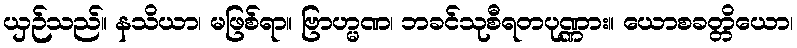
ယှဉ်သည်။ နသိယာ၊ မဖြစ်ရာ။ ဗြာဟ္မဏ၊ ဘခင်သုစီရတပုဏ္ဏား။ ယောစခတ္တိယော၊